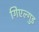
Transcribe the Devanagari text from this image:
गिएल्गुड